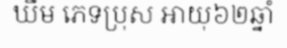
ឃឹម ភេទប្រុស អាយុ៦២ឆ្នាំ